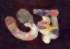
ওয়